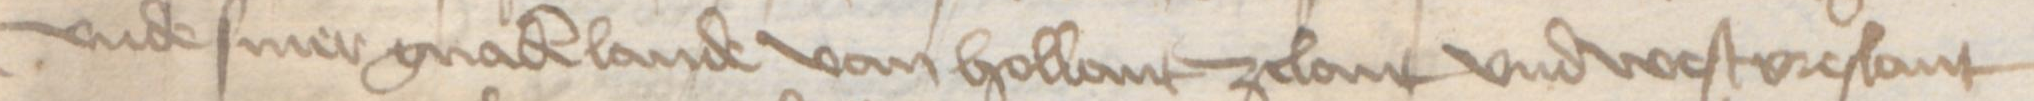
Transcription: vnde siner gnaden lande van Hollant Zelant vnd Westvreslant